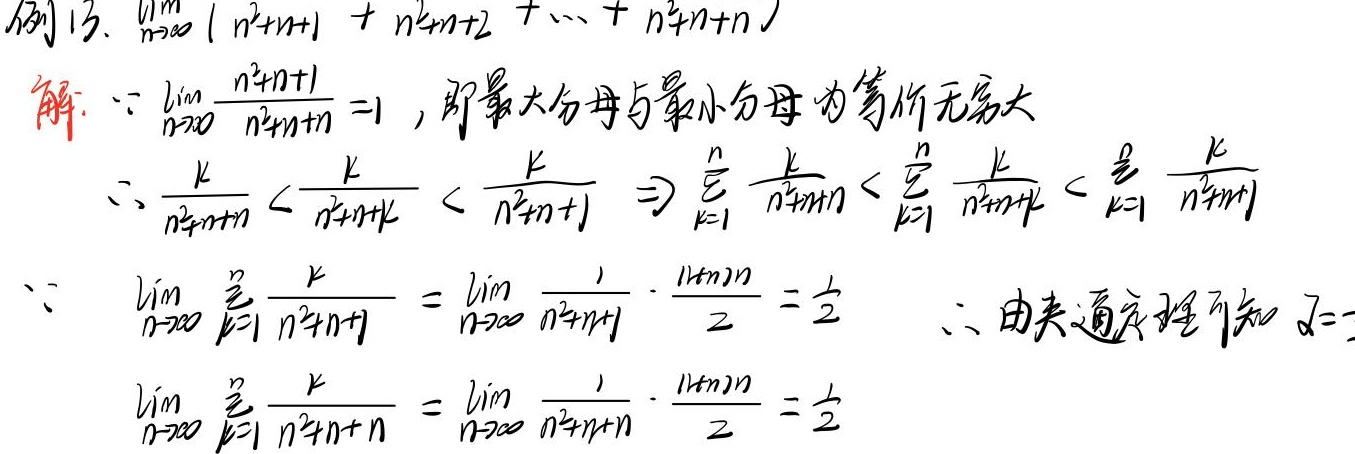
例13. 求\(\lim_{n \to \infty} \left(\frac{1}{n^{2}+n + 1}+\frac{2}{n^{2}+n + 2}+\cdots+\frac{n}{n^{2}+n + n}\right)\)

解：
\(\because\lim_{n \to \infty} \frac{n^{2}+n + 1}{n^{2}+n + n}=1\)，即最大分母与最小分母为等价无穷大。

\(\because\frac{k}{n^{2}+n + n}<\frac{k}{n^{2}+n + k}<\frac{k}{n^{2}+n + 1}\Rightarrow\sum_{k = 1}^{n}\frac{k}{n^{2}+n + n}<\sum_{k = 1}^{n}\frac{k}{n^{2}+n + k}<\sum_{k = 1}^{n}\frac{k}{n^{2}+n + 1}\)

\(\because\lim_{n \to \infty}\sum_{k = 1}^{n}\frac{k}{n^{2}+n + 1}=\lim_{n \to \infty}\frac{1}{n^{2}+n + 1}\cdot\frac{(1 + n)n}{2}=\frac{1}{2}\)

\(\therefore\)由夹逼定理可知 \(I =\lim_{n \to \infty}\sum_{k = 1}^{n}\frac{k}{n^{2}+n + n}=\lim_{n \to \infty}\frac{1}{n^{2}+n + n}\cdot\frac{(1 + n)n}{2}=\frac{1}{2}\)